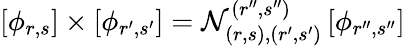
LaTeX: \left[\phi_{r,s}\right]\times\left[\phi_{r^{\prime},s^{\prime}}\right]=\mathcal{N}_{(r,s),(r^{\prime},s^{\prime})}^{(r^{\prime\prime},s^{\prime\prime})}\left[\phi_{r^{\prime\prime},s^{\prime\prime}}\right]